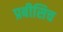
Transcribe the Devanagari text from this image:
प्रबीसिच